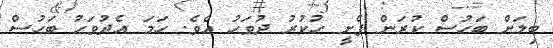
ބިލަށް ބަހުސް ކުރަން ފެށީ ހުކުރު ދުވަހު އެވެ. ހަމަ އެދުވަހު ބަހުސް